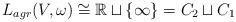
LaTeX: \begin{align*} L_{agr}(V,\omega)\cong \mathbb{R}\sqcup\{\infty\}=C_2\sqcup C_1\end{align*}